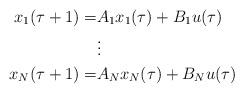
LaTeX: \begin{align*}x_1(\tau+1)=&A_1x_1(\tau)+B_1u(\tau)\\&\vdots\\x_N(\tau+1)=&A_Nx_N(\tau)+B_Nu(\tau)\end{align*}